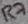
Text: R7